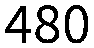
480